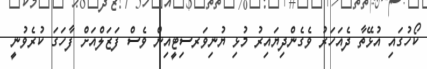
ކޯހުގައި އުޅޭތާ ދެއަހަރު ވެގެންދިޔައިރު މުޅި ޔުނިވަރސިޓީއިން ވެސް ފަޒަލްއަށް ފާހަގަ ކުރެވުނީ